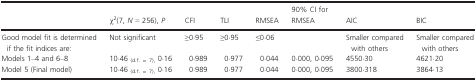
<table><thead><tr><td></td><td><b>χ<sup>2</sup>(7, <i>N </i>=<i> </i>256), <i>P</i></b></td><td><b>CFI</b></td><td><b>TLI</b></td><td><b>RMSEA</b></td><td><b>90% CI for RMSEA</b></td><td><b>AIC</b></td><td><b>BIC</b></td></tr></thead><tbody><tr><td>Good model fit is determined if the fit indices are:</td><td>Not significant</td><td>≥0·95</td><td>≥0·95</td><td>≤0·06</td><td></td><td>Smaller compared with others</td><td>Smaller compared with others</td></tr><tr><td>Models 1–4 and 6–8</td><td>10·46 <sub>(d.f. = 7),</sub> 0·16</td><td>0·989</td><td>0·977</td><td>0·044</td><td>0·000, 0·095</td><td>4550·30</td><td>4621·20</td></tr><tr><td>Model 5 (Final model)</td><td>10·46 <sub>(d.f. = 7),</sub> 0·16</td><td>0·989</td><td>0·977</td><td>0·044</td><td>0·000, 0·095</td><td>3800·318</td><td>3864·13</td></tr></tbody></table>